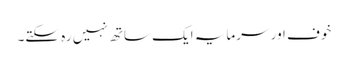
خوف اور سرمایہ ایک ساتھ نہیں رہ سکتے۔